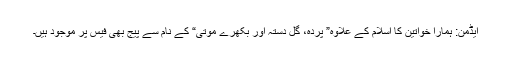
ایڈمن: ہمارا خواتین کا اسلام کے علاوہ” پردہ، گل دستہ اور بکھرے موتی“ کے نام سے پیج بھی فیس پر موجود ہیں۔